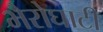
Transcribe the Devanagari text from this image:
भैरोघाटी